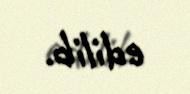
edilib.